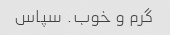
گرم و خوب. سپاس